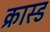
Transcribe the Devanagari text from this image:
क्रास्ड